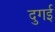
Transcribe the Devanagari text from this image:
दुगई